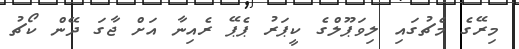
މިރޭގެ މެޗުގައި ލިވަޕޫލްގެ ކީޕަރު ޕެޕޭ ރެއިނާ އަށް ޖާގަ ދޭން ކޯޗު